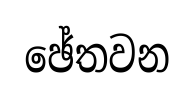
ඡේතවන